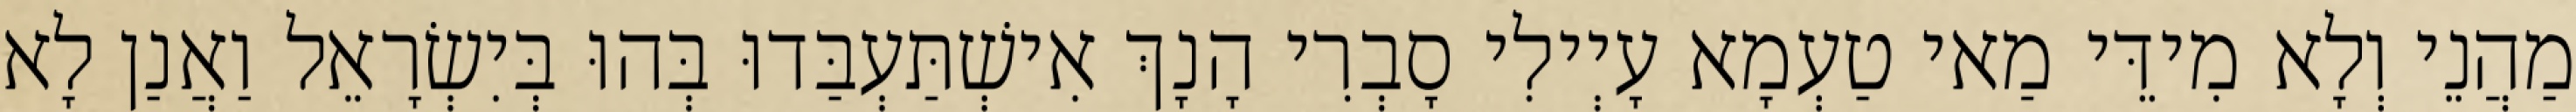
מַהֲנֵי וְלָא מִידֵּי מַאי טַעְמָא עָיְילִי סָבְרִי הָנָךְ אִישְׁתַּעְבַּדוּ בְּהוּ בְּיִשְׂרָאֵל וַאֲנַן לָא